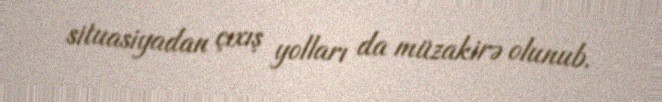
situasiyadan çıxış yolları da müzakirə olunub.